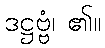
ဒဋ္ဌဗ္ဗံ၊ ၏။